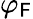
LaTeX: \varphi_{\mathsf{F}}